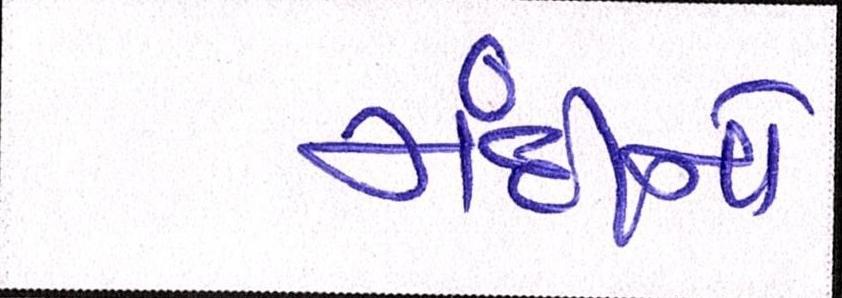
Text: મંદીનો